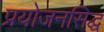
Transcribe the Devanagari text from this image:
प्रयोजनसिद्ध